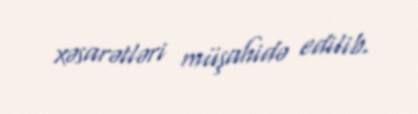
xəsarətləri müşahidə edilib.